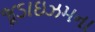
જૂડાઇઝમના